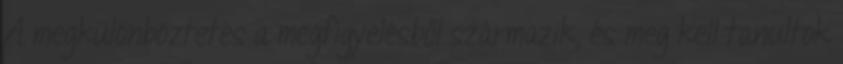
A megkülönböztetés a megfigyelésből származik, és meg kell tanultok